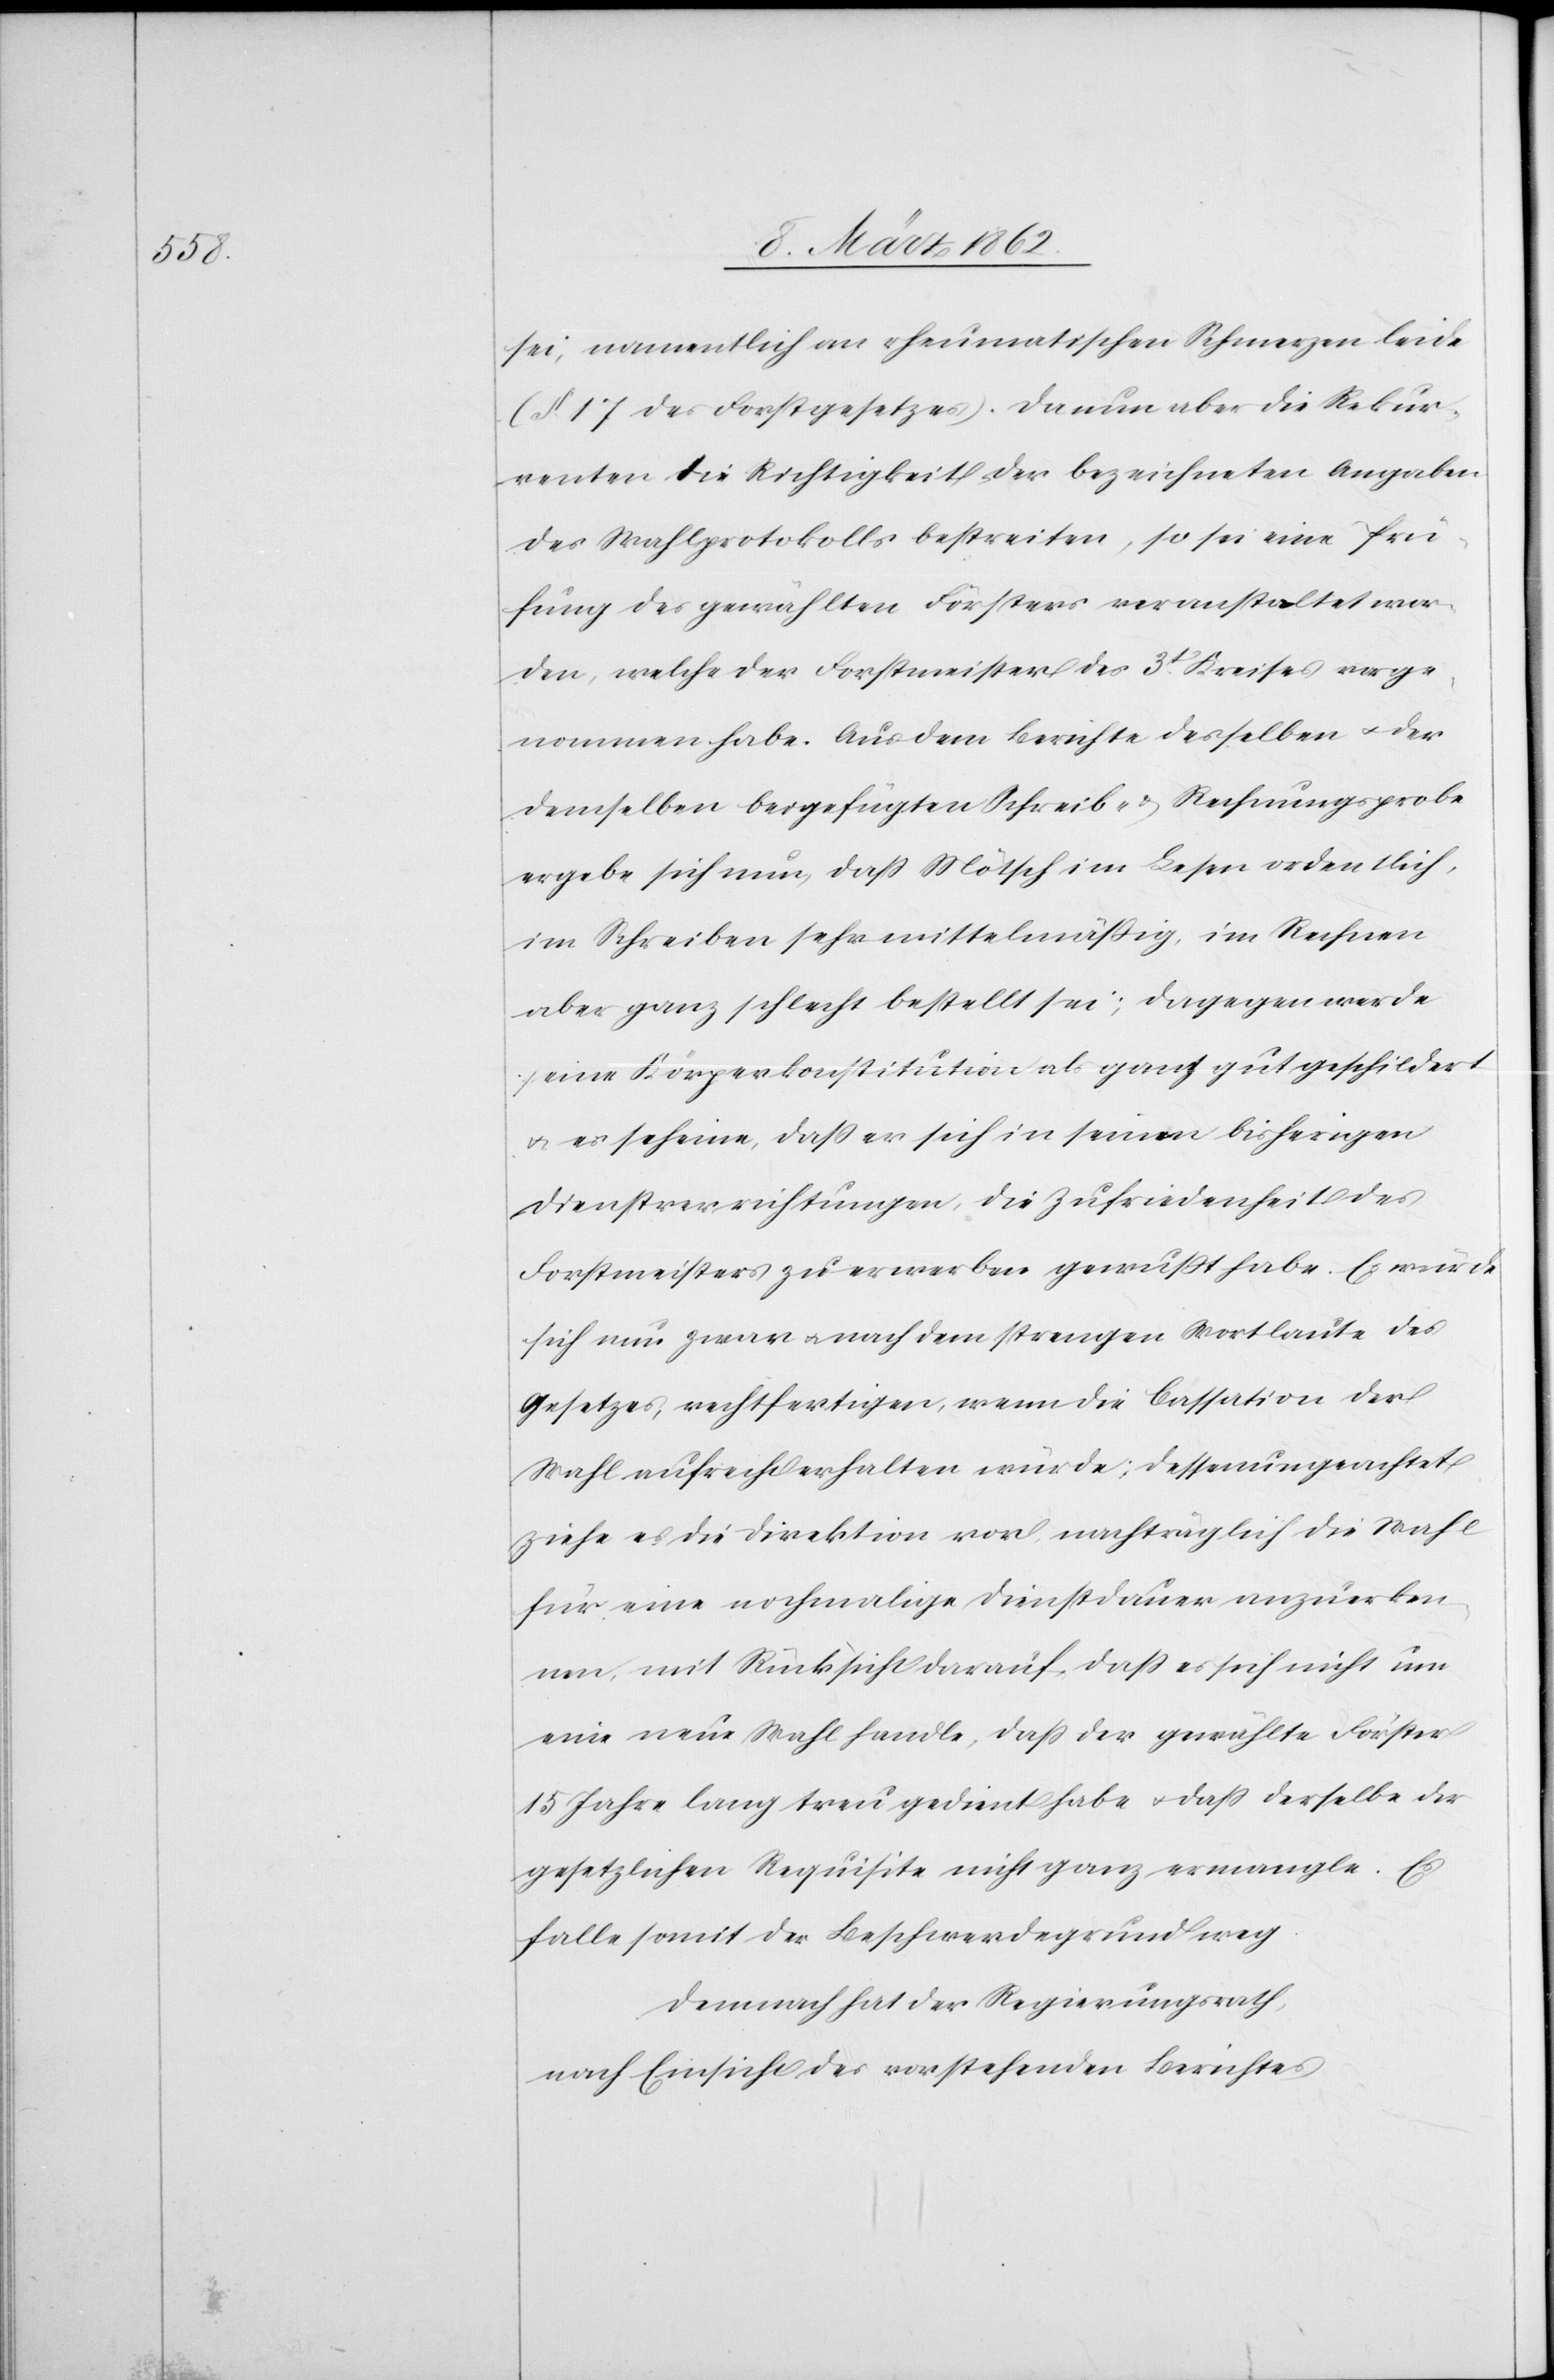
sei, namentlich an rheumatischen Schmerzen leide
(§. 17 des Forstgesetzes). Da nun aber die Rekur¬
renten die Richtigkeit der bezeichneten Angaben
des Wahlprotokolls bestreiten, so sei eine Prü¬
fung des gewählten Försters veranstaltet wor¬
den, welche der Forstmeister des 3t. Kreises vorge¬
nommen habe. Aus dem Berichte desselben u. der
demselben beigefügten Schreib- & Rechnungsprobe
ergebe sich nun, daß Mötsch im Lesen ordentlich,
im Schreiben sehr mittelmäßig, im Rechnen
aber ganz schlecht bestellt sei; dagegen werde
seine Körperkonstitution als ganz gut geschildert
u. es scheine, daß er sich in seinen bisherigen
Dienstverrichtungen, die Zufriedenheit des
Forstmeisters zu erwerben gewußt habe. Es würde
sich nun zwar u. nach dem strengen Wortlaute des
Gesetzes, rechtfertigen, wenn die Cassation der
Wahl aufrechterhalten würde; dessenungeachtet
ziehe es die Direktion vor, nachträglich die Wahl
für eine nochmalige Dienstdauer anzuerken¬
nen, mit Rücksicht darauf, daß es sich nicht um
eine neue Wahl handle, daß der gewählte Förster
15 Jahre lang treu gedient habe u. daß derselbe der
gesetzlichen Requisite nicht ganz ermangle. Es
falle somit der Beschwerdegrund weg.
Demnach hat der Regierungsrath,
nach Einsicht des vorstehenden Berichtes